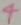
Text: 4